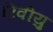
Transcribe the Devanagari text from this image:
रिवीयु